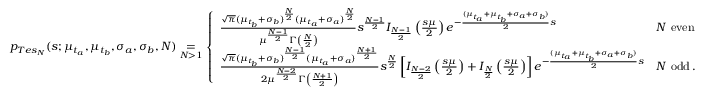
\begin{array} { r } { p _ { T e s _ { N } } ( s ; \mu _ { t _ { a } } , \mu _ { t _ { b } } , \sigma _ { a } , \sigma _ { b } , N ) \underset { N > 1 } { = } \left\lbrace \begin{array} { l l l } { \frac { \sqrt { \pi } ( \mu _ { t _ { b } } + \sigma _ { b } ) ^ { \frac { N } { 2 } } ( \mu _ { t _ { a } } + \sigma _ { a } ) ^ { \frac { N } { 2 } } } { \mu ^ { \frac { N - 1 } { 2 } } \Gamma \left( \frac { N } { 2 } \right) } s ^ { \frac { N - 1 } { 2 } } I _ { \frac { N - 1 } { 2 } } \left( \frac { s \mu } { 2 } \right) e ^ { - \frac { ( \mu _ { t _ { a } } + \mu _ { t _ { b } } + \sigma _ { a } + \sigma _ { b } ) } { 2 } s } } & { N ~ \mathrm { e v e n } } \\ { \frac { \sqrt { \pi } ( \mu _ { t _ { b } } + \sigma _ { b } ) ^ { \frac { N - 1 } { 2 } } ( \mu _ { t _ { a } } + \sigma _ { a } ) ^ { \frac { N + 1 } { 2 } } } { 2 \mu ^ { \frac { N - 2 } { 2 } } \Gamma \left( \frac { N + 1 } { 2 } \right) } s ^ { \frac { N } { 2 } } \left[ I _ { \frac { N - 2 } { 2 } } \left( \frac { s \mu } { 2 } \right) + I _ { \frac { N } { 2 } } \left( \frac { s \mu } { 2 } \right) \right] e ^ { - \frac { ( \mu _ { t _ { a } } + \mu _ { t _ { b } } + \sigma _ { a } + \sigma _ { b } ) } { 2 } s } } & { N ~ \mathrm { o d d } \, . } \end{array} \right. } \end{array}